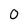
Character: O